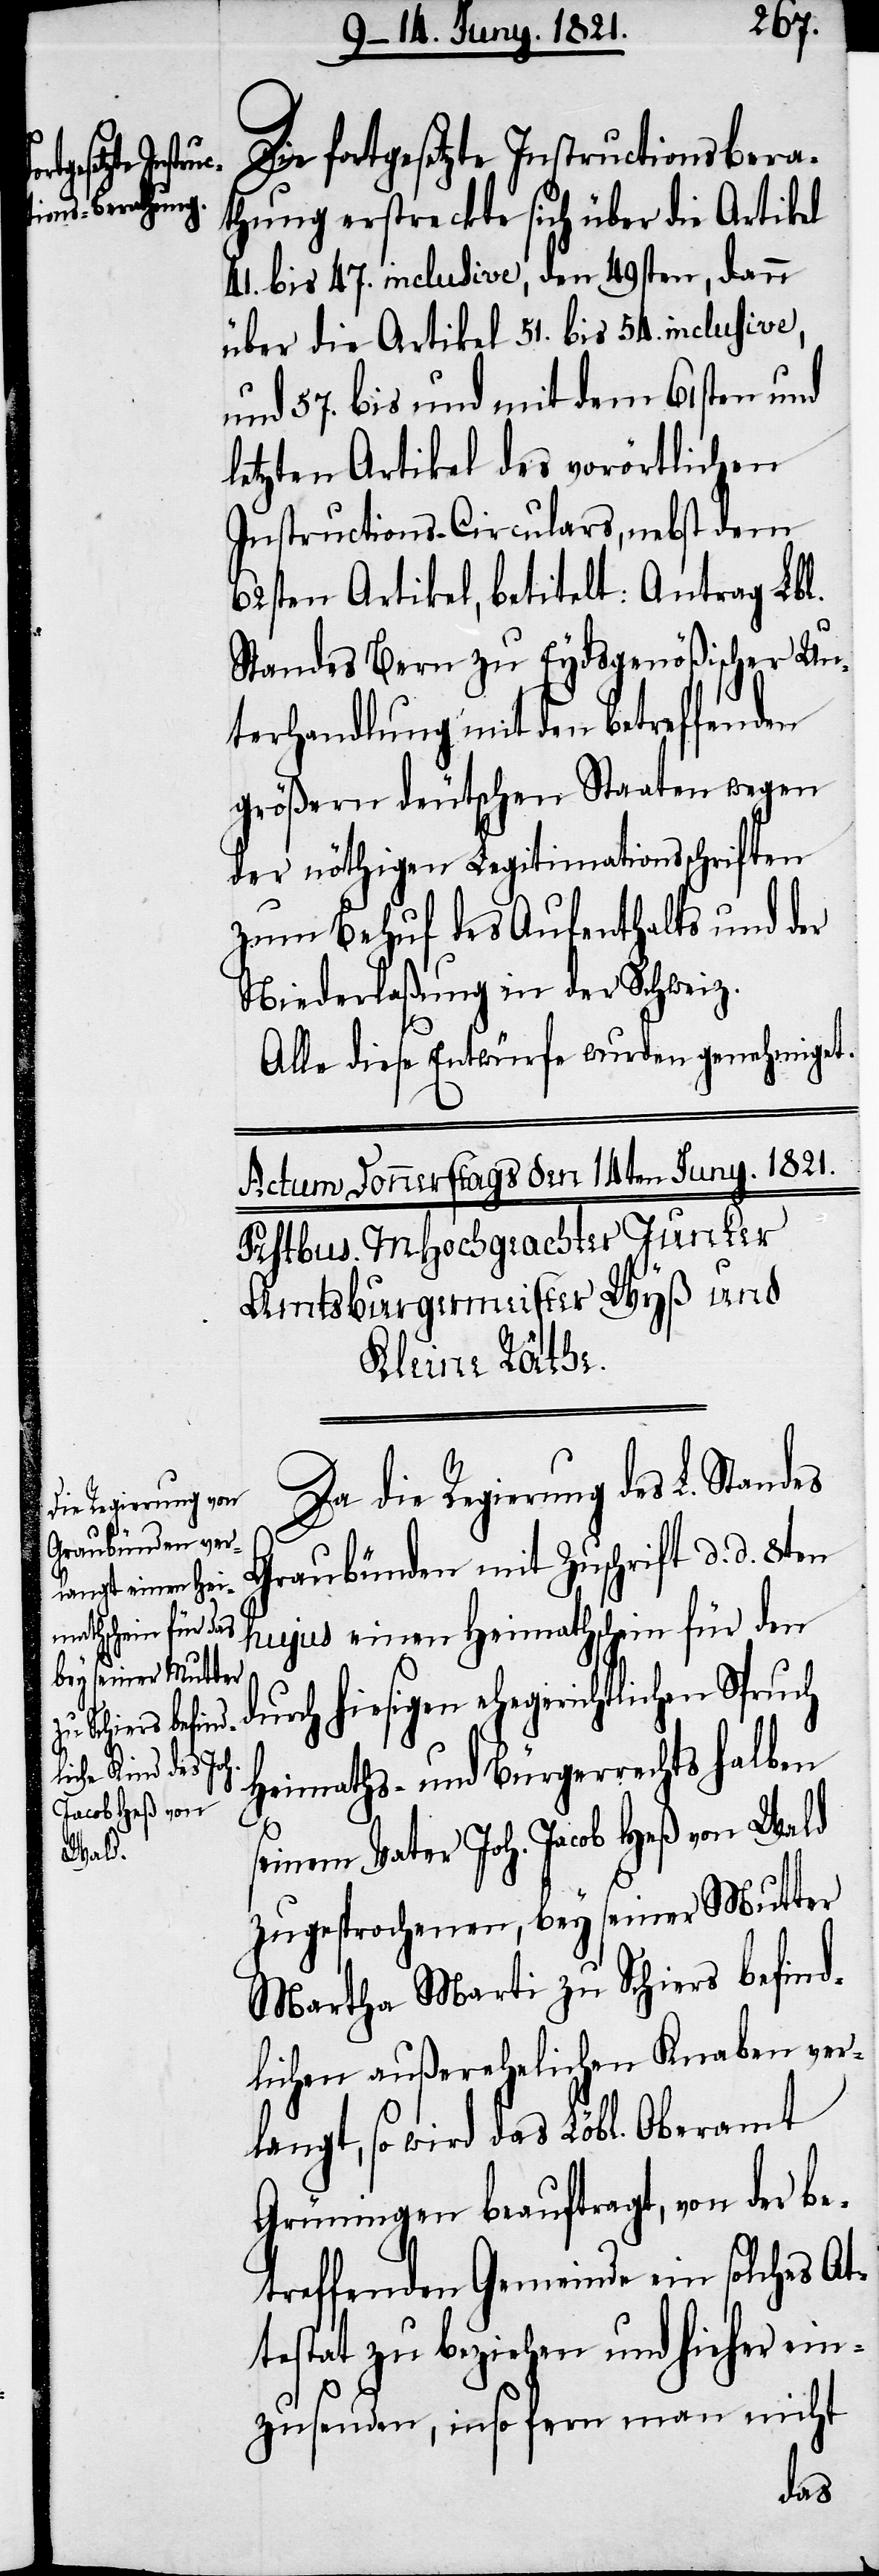
Die fortgesetzte Instructionsbera¬
thung erstreckte sich über die Artikel
41. bis 47. inclusive, den 49sten, dann
über die Artikel 51. bis 54. inclusive,
und 57. bis und mit dem 61sten und
letzten Artikel des vorörtlichen
Instructions-Circulars, nebst dem
62sten Artikel, betitelt: Antrag Lbl.
Standes Bern zu Eydsgenößischer Un¬
terhandlung mit den betreffenden
größern deutschen Staaten wegen
der nöthigen Legitimationsschriften
zum Behuf des Aufenthalts und der
Niederlaßung in der Schweiz.
Alle diese Entwürfe wurden genehmigt.
Da die Regierung des L. Standes
Graubünden mit Zuschrift d. d. 8ten
hujus einen Heimathschein für den
durch hiesigen ehegerichtlichen Spruch
Heimaths- und Bürgerrechts halben
seinem Vater Joh. Jacob Heß von Wald
zugesprochenen, bey seiner Mutter
Martha Marti zu Schiers befind¬
lichen außerehelichen Knaben ver¬
langt, so wird das Löbl. Oberamt
Grüningen beauftragt, von der be¬
treffenden Gemeinde ein solches At¬
testat zu beziehen und hieher ein¬
zusenden, insofern man nicht